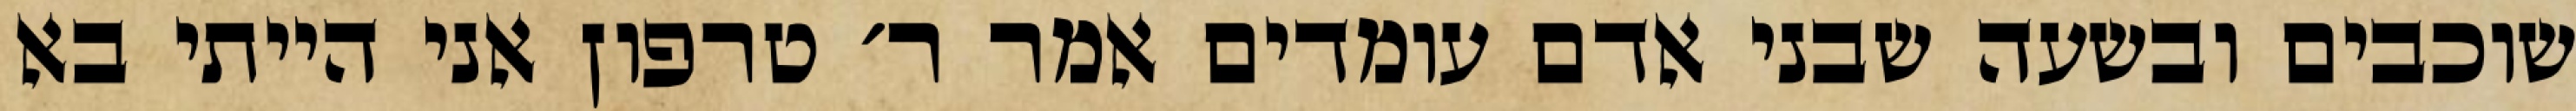
שוכבים ובשעה שבני אדם עומדים אמר ר׳ טרפון אני הייתי בא